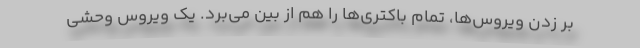
بر زدن ویروس‌ها، تمام باکتری‌ها را هم از بین می‌برد. یک ویروس وحشی